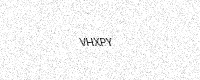
Text: VHXPY